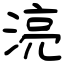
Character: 湸